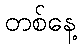
တစ်နေ့